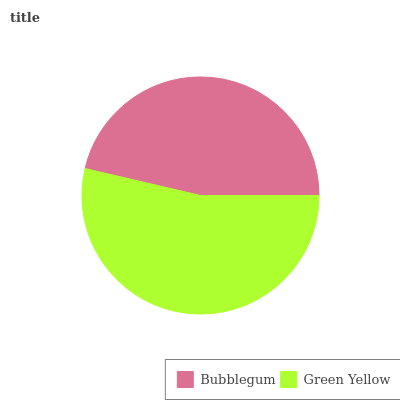
| Bubblegum | Green Yellow |
 | --- | --- |
 | 46.3% | 53.7% |